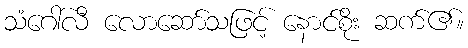
သံဂေါ်လီ လောဆော်သဖြင့် နောင်စိုး ဆက်၏။